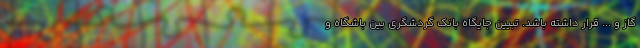
گاز و ... قرار داشته باشد. تبیین جایگاه بانک گردشگری بین باشگاه و